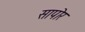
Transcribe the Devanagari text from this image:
सापोर